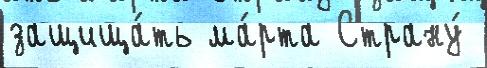
защища́ть ма́рта Страну́